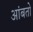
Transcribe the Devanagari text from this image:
आंबतो